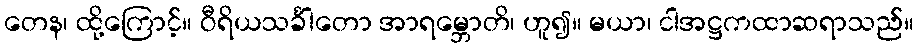
တေန၊ ထို့ကြောင့်။ ဝီရိယသင်္ခါတော အာရမ္ဘောတိ၊ ဟူ၍။ မယာ၊ ငါအဋ္ဌကထာဆရာသည်။